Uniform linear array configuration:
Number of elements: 64
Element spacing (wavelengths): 0.5
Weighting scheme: binomial
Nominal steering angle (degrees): -30
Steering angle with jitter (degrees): -28.621
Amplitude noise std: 0.05
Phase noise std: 0.05

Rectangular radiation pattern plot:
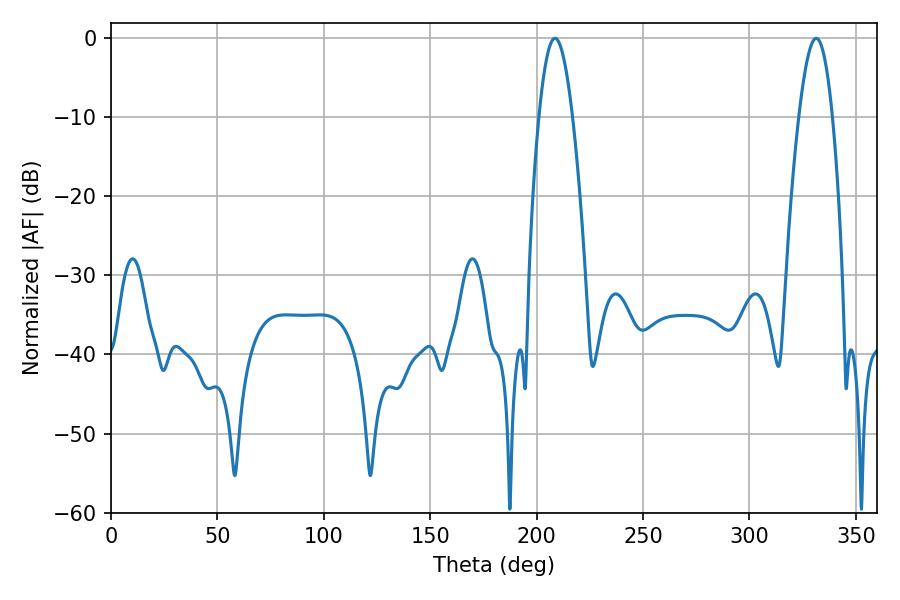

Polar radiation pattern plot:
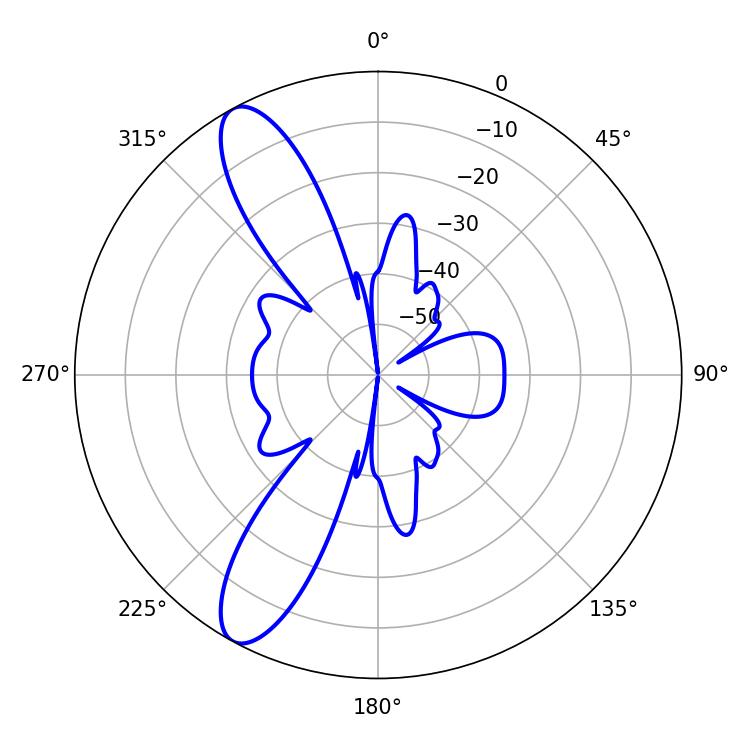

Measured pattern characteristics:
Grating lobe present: FALSE
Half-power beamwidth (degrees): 8.46
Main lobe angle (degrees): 208.62